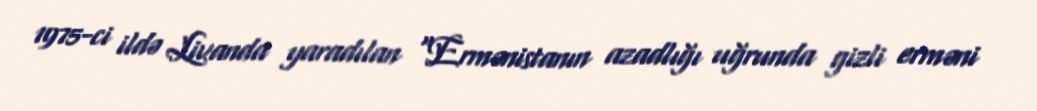
1975-ci ildə Livanda yaradılan “Ermənistanın azadlığı uğrunda gizli erməni